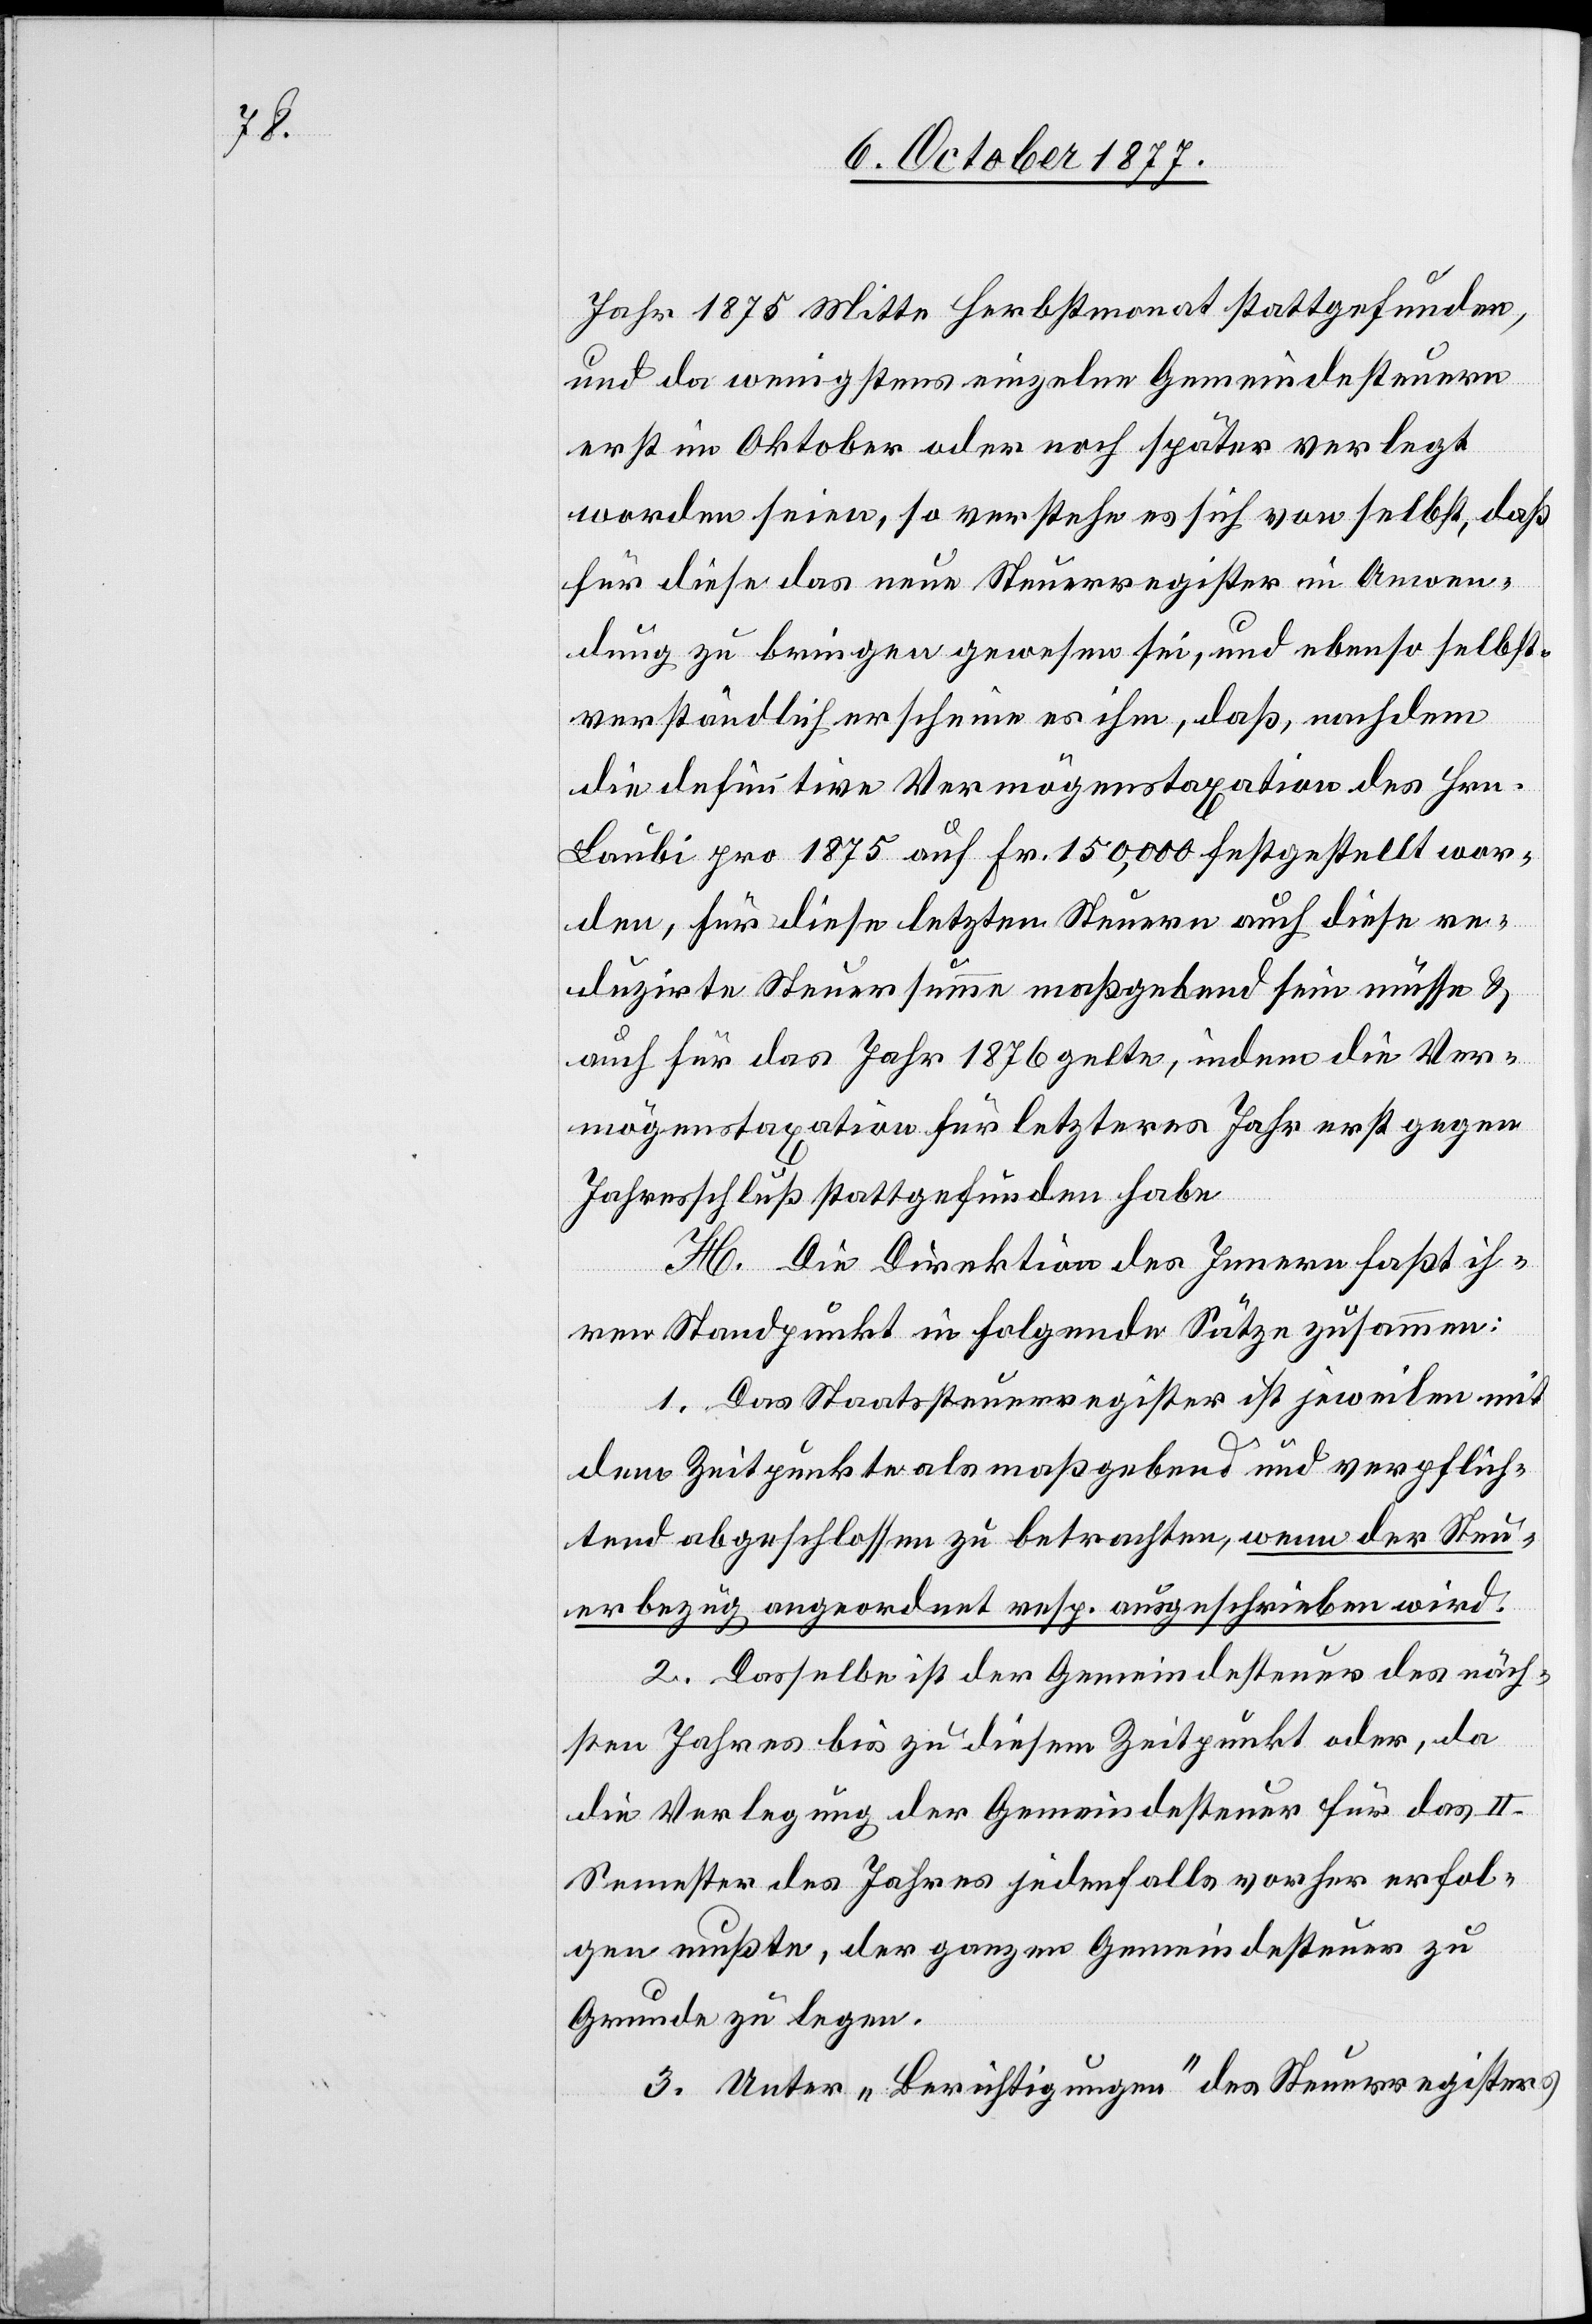
Jahr 1875 Mitte Herbstmonat stattgefunden,
und da wenigstens einzelne Gemeindesteuern
erst im Oktober oder noch später verlegt
worden seien, so verstehe es sich von selbst, daß
für diese das neue Steuerregister in Anwen¬
dung zu bringen gewesen sei, und ebenso selbst¬
verständlich erscheine es ihm, daß, nachdem
die definitive Vermögenstaxation des Hrn.
Laubi pro 1875 auf Fr. 150,000 festgestellt wor¬
den, für diese letzten Steuern auch diese re¬
duzirte Steuersumme maßgebend sein müsse &
auch für das Jahr 1876 gelte, indem die Ver¬
mögenstaxation für letzteres Jahr erst gegen
Jahresschluß stattgefunden habe
H. Die Direktion des Innern faßt ih¬
ren Standpunkt in folgende Sätze zusammen:
1. Das Staatssteuerregister ist jeweilen mit
dem Zeitpunkte als maßgebend und verpflich¬
tend abgeschlossen zu betrachten, wenn der Steu¬
erbezug angeordnet resp. ausgeschrieben wird.
2. Dasselbe ist der Gemeindesteuer des näch¬
sten Jahres bis zu diesem Zeitpunkt oder, da
die Verlegung der Gemeindesteuer für das II.
Semester des Jahres jedenfalls vorher erfol¬
gen mußte, der ganzen Gemeindesteuer zu
Grunde zu legen.
3. Unter „Berichtigungen“ des Steuerregisters